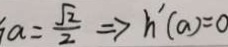
a = \frac { \sqrt { 2 } } { 2 } \rightarrow h ^ { \prime } ( a ) = 0